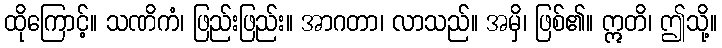
ထိုကြောင့်။ သဏိကံ၊ ဖြည်းဖြည်း။ အာဂတာ၊ လာသည်။ အမှိ၊ ဖြစ်၏။ ဣတိ၊ ဤသို့။